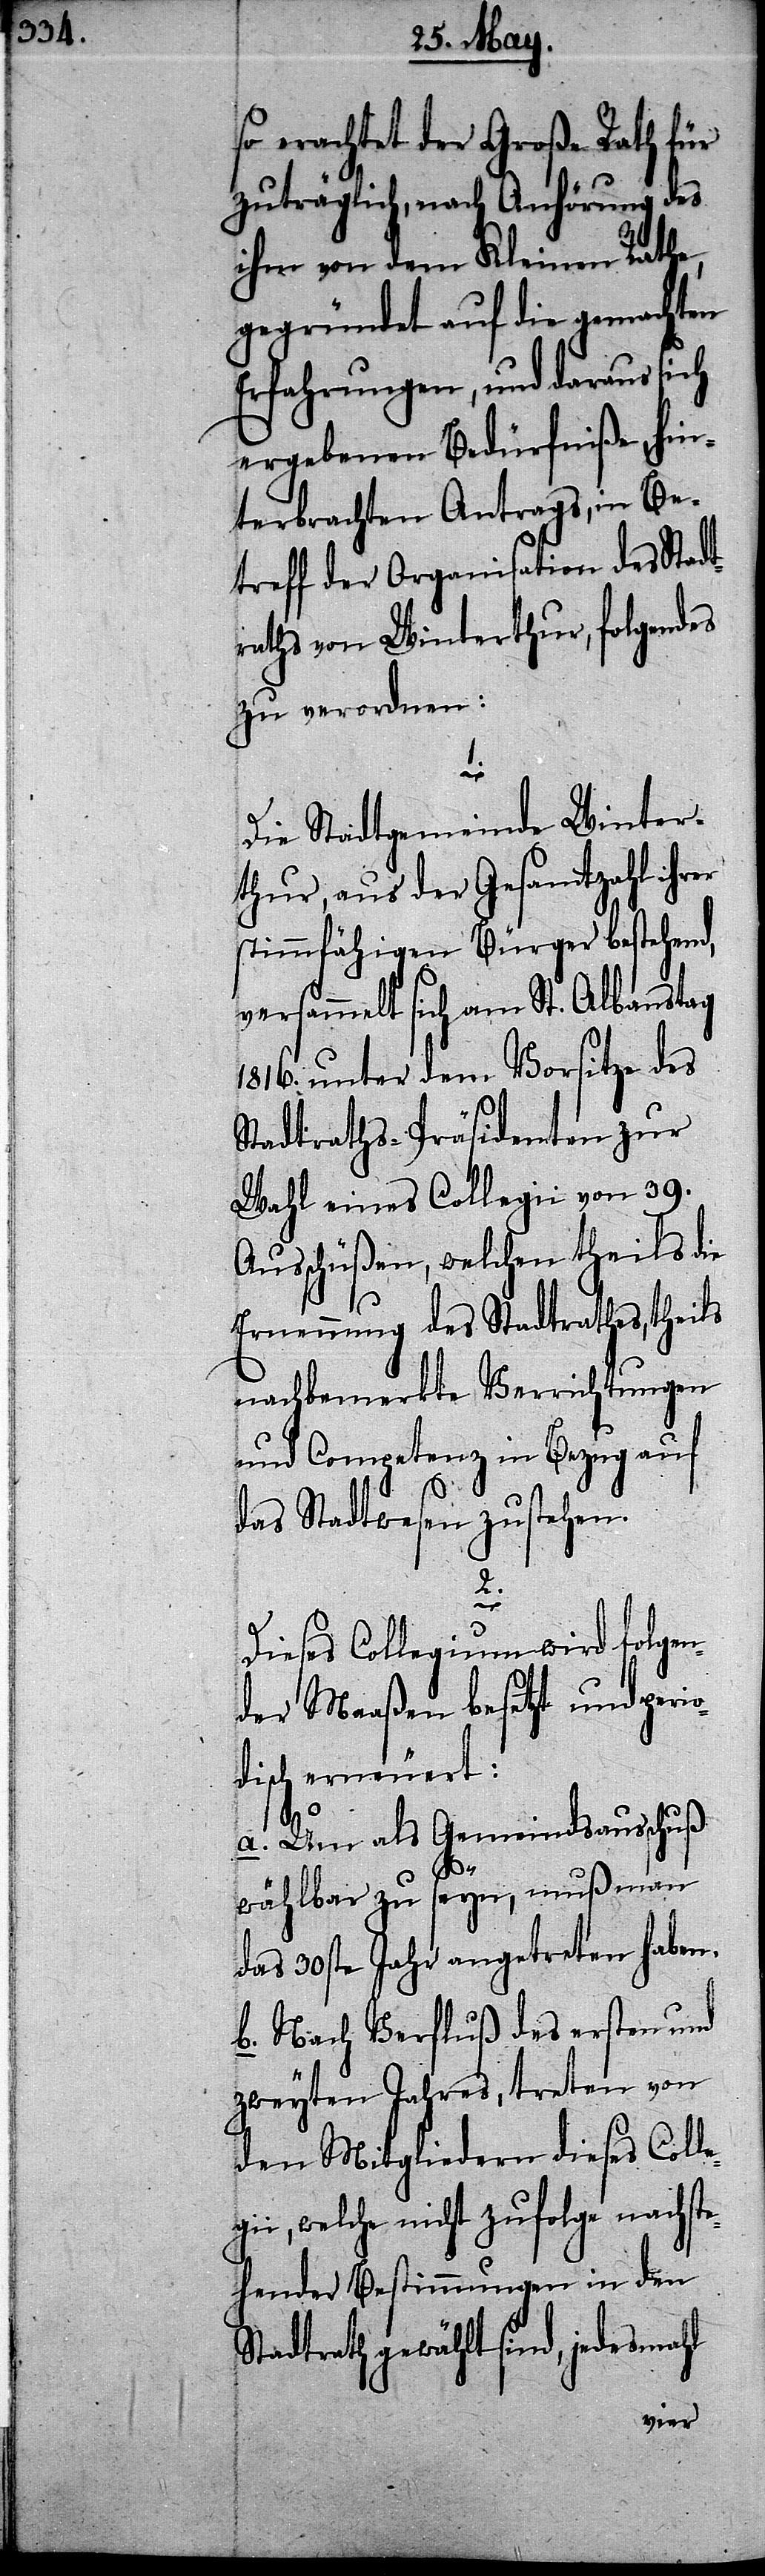
so erachtet der Große Rath für
zuträglich, nach Anhörung des
ihm von dem Kleinen Rathe,
gegründet auf die gemachten
Erfahrungen, und daraus sich
ergebenen Bedürfniße, hin¬
terbrachten Antrags, in Be¬
treff der Organisation des Stadt¬
raths von Winterthur, folgendes
zu verordnen:
1.
Die Stadtgemeinde Winter¬
thur, aus der Gesamtzahl ihrer
stimmfähigen Bürger bestehend,
versammelt sich am St. Albanstag
1816. unter dem Vorsitze des
Stadtraths-Präsidenten zur
Wahl eines Collegii von 39.
Ausschüßen, welchen theils die
Ernennung des Stadtrathes, theils
nachbemerkte Verrichtungen
und Competenz in Bezug auf
das Stadtwesen zustehen.
2.
Dieses Collegium wird folge¬
der Maaßen besetzt und perio¬
disch erneuert:
a. Um als Gemeindsausschuß
n¬
wählbar zu seyn, muß man
das 30ste Jahr angetreten haben.
b. Nach Verfluß des ersten und
zweyten Jahres, treten von
den Mitgliedern dieses Colle¬
gii, welche nicht zufolge nachste¬
hender Bestimmungen in den
Stadtrath gewählt sind, jedesmahl